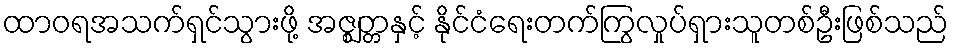
ထာဝရအသက်ရှင်သွားဖို့ အဇ္ဈတ္တနှင့် နိုင်ငံရေးတက်ကြွလှုပ်ရှားသူတစ်ဦးဖြစ်သည်